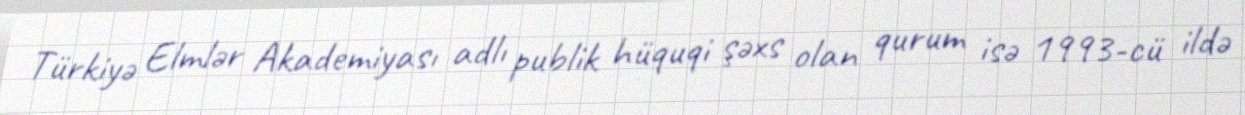
Türkiyə Elmlər Akademiyası adlı publik hüquqi şəxs olan qurum isə 1993-cü ildə